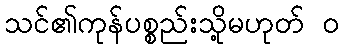
သင်၏ကုန်ပစ္စည်းသို့မဟုတ် ၀